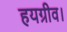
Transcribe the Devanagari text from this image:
हयग्रीव।